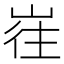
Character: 𱛶